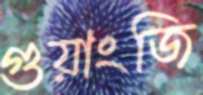
গুয়াংজি